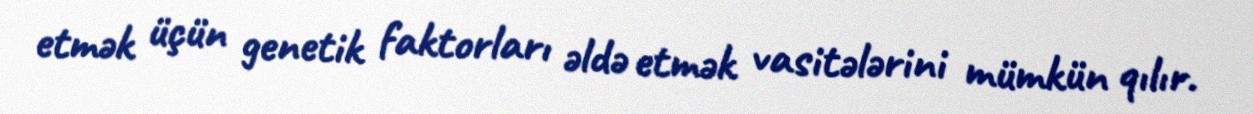
etmək üçün genetik faktorları əldə etmək vasitələrini mümkün qılır.